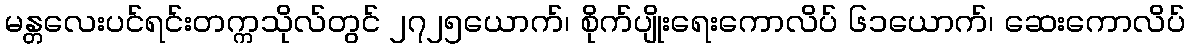
မန္တလေးပင်ရင်းတက္ကသိုလ်တွင် ၂၇၂၅ယောက်၊ စိုက်ပျိုးရေးကောလိပ် ၆၁ယောက်၊ ဆေးကောလိပ်